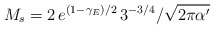
\begin{align*}M_{s}= {2\,e^{(1-\gamma _{E})/2}\,3^{-3/4}} / {\sqrt{2\pi \alpha ^{\prime }}}\end{align*}